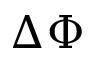
\Delta \Phi